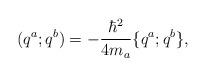
LaTeX: \begin{align*}(q^a;q^b)=-{\hbar^2\over 4m_a}\{q^a;q^b\},\end{align*}